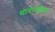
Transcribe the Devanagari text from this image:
मोनोन्यूक्लियर